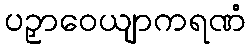
ပဉှာဝေယျာကရဏံ